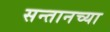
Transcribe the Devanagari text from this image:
सन्तानच्या